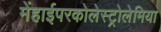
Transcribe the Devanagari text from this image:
मेंहाईपरकोलेस्ट्रोलेमिया